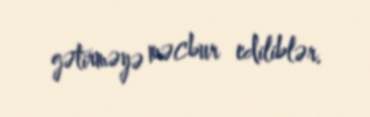
gətirməyə məcbur ediliblər.